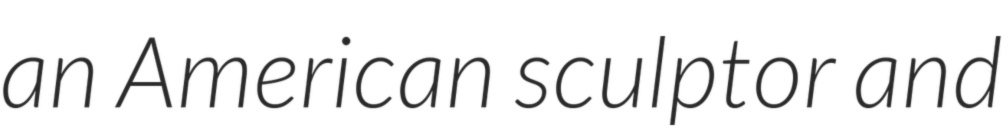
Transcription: an American sculptor and